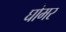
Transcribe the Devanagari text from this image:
घोमर